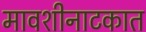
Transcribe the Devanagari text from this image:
मावशीनाटकात